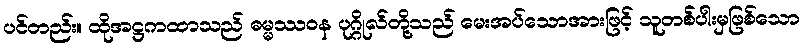
ပင်တည်း။ ထိုအဋ္ဌကထာသည် ဓမ္မဿဝန ပုဂ္ဂိုလ်တို့သည် မေးအပ်သောအားဖြင့် သူတစ်ပါးမှဖြစ်သော